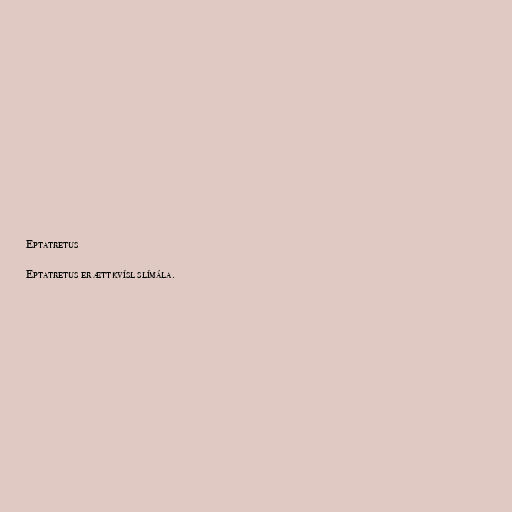
Eptatretus

Eptatretus er ættkvísl slímála.